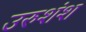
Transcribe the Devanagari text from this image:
उरुशंश